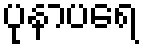
ပုနာပရေ